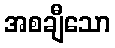
အစချီသော